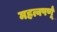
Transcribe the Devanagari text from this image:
महत्वपर्णू